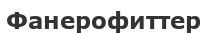
Фанерофиттер